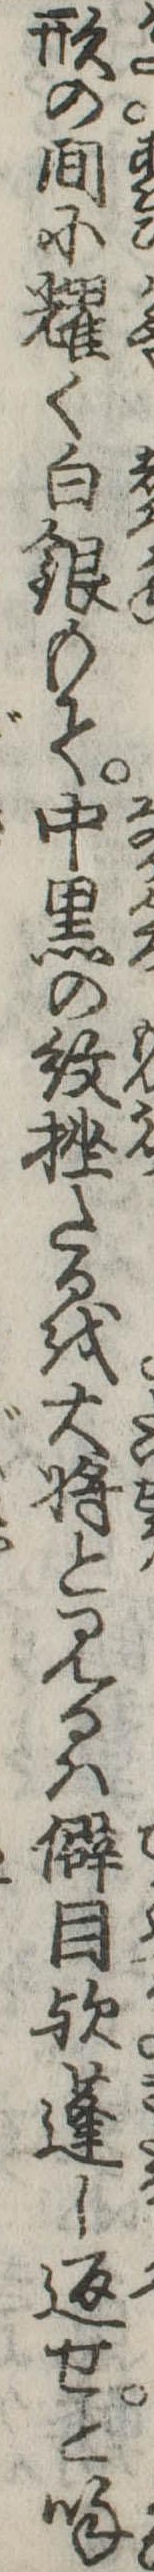
形の間に耀く白銀もて中黒の紋挫たるを大将と見るは僻目歟蓬し返せと呼